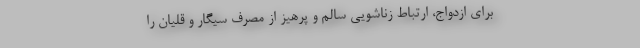
برای ازدواج، ارتباط زناشویی سالم و پرهیز از مصرف سیگار و قلیان را